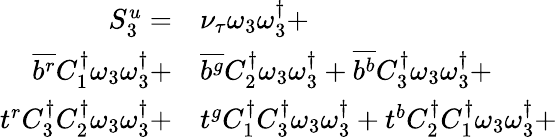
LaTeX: \begin{array}{rl}{S_{3}^{u}=}&{{}{\nu_{\tau}}\omega_{3}\omega_{3}^{\dagger}+}\\ {\overline{{b^{r}}}{C_{1}^{\dagger}}\omega_{3}\omega_{3}^{\dagger}+}&{{}\overline{{b^{g}}}{C_{2}^{\dagger}}\omega_{3}\omega_{3}^{\dagger}+\overline{{b^{b}}}{C_{3}^{\dagger}}\omega_{3}\omega_{3}^{\dagger}+}\\ {t^{r}{C_{3}^{\dagger}}{C_{2}^{\dagger}}\omega_{3}\omega_{3}^{\dagger}+}&{{}t^{g}{C_{1}^{\dagger}}{C_{3}^{\dagger}}\omega_{3}\omega_{3}^{\dagger}+t^{b}{C_{2}^{\dagger}}{C_{1}^{\dagger}}\omega_{3}\omega_{3}^{\dagger}+}\end{array}